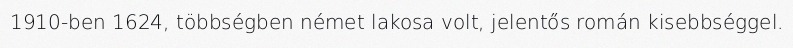
1910-ben 1624, többségben német lakosa volt, jelentős román kisebbséggel.